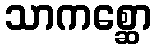
သာကစ္ဆော